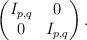
LaTeX: \begin{align*} \begin{pmatrix} I_{p,q} & 0 \\ 0 & I_{p,q} \end{pmatrix}.\end{align*}